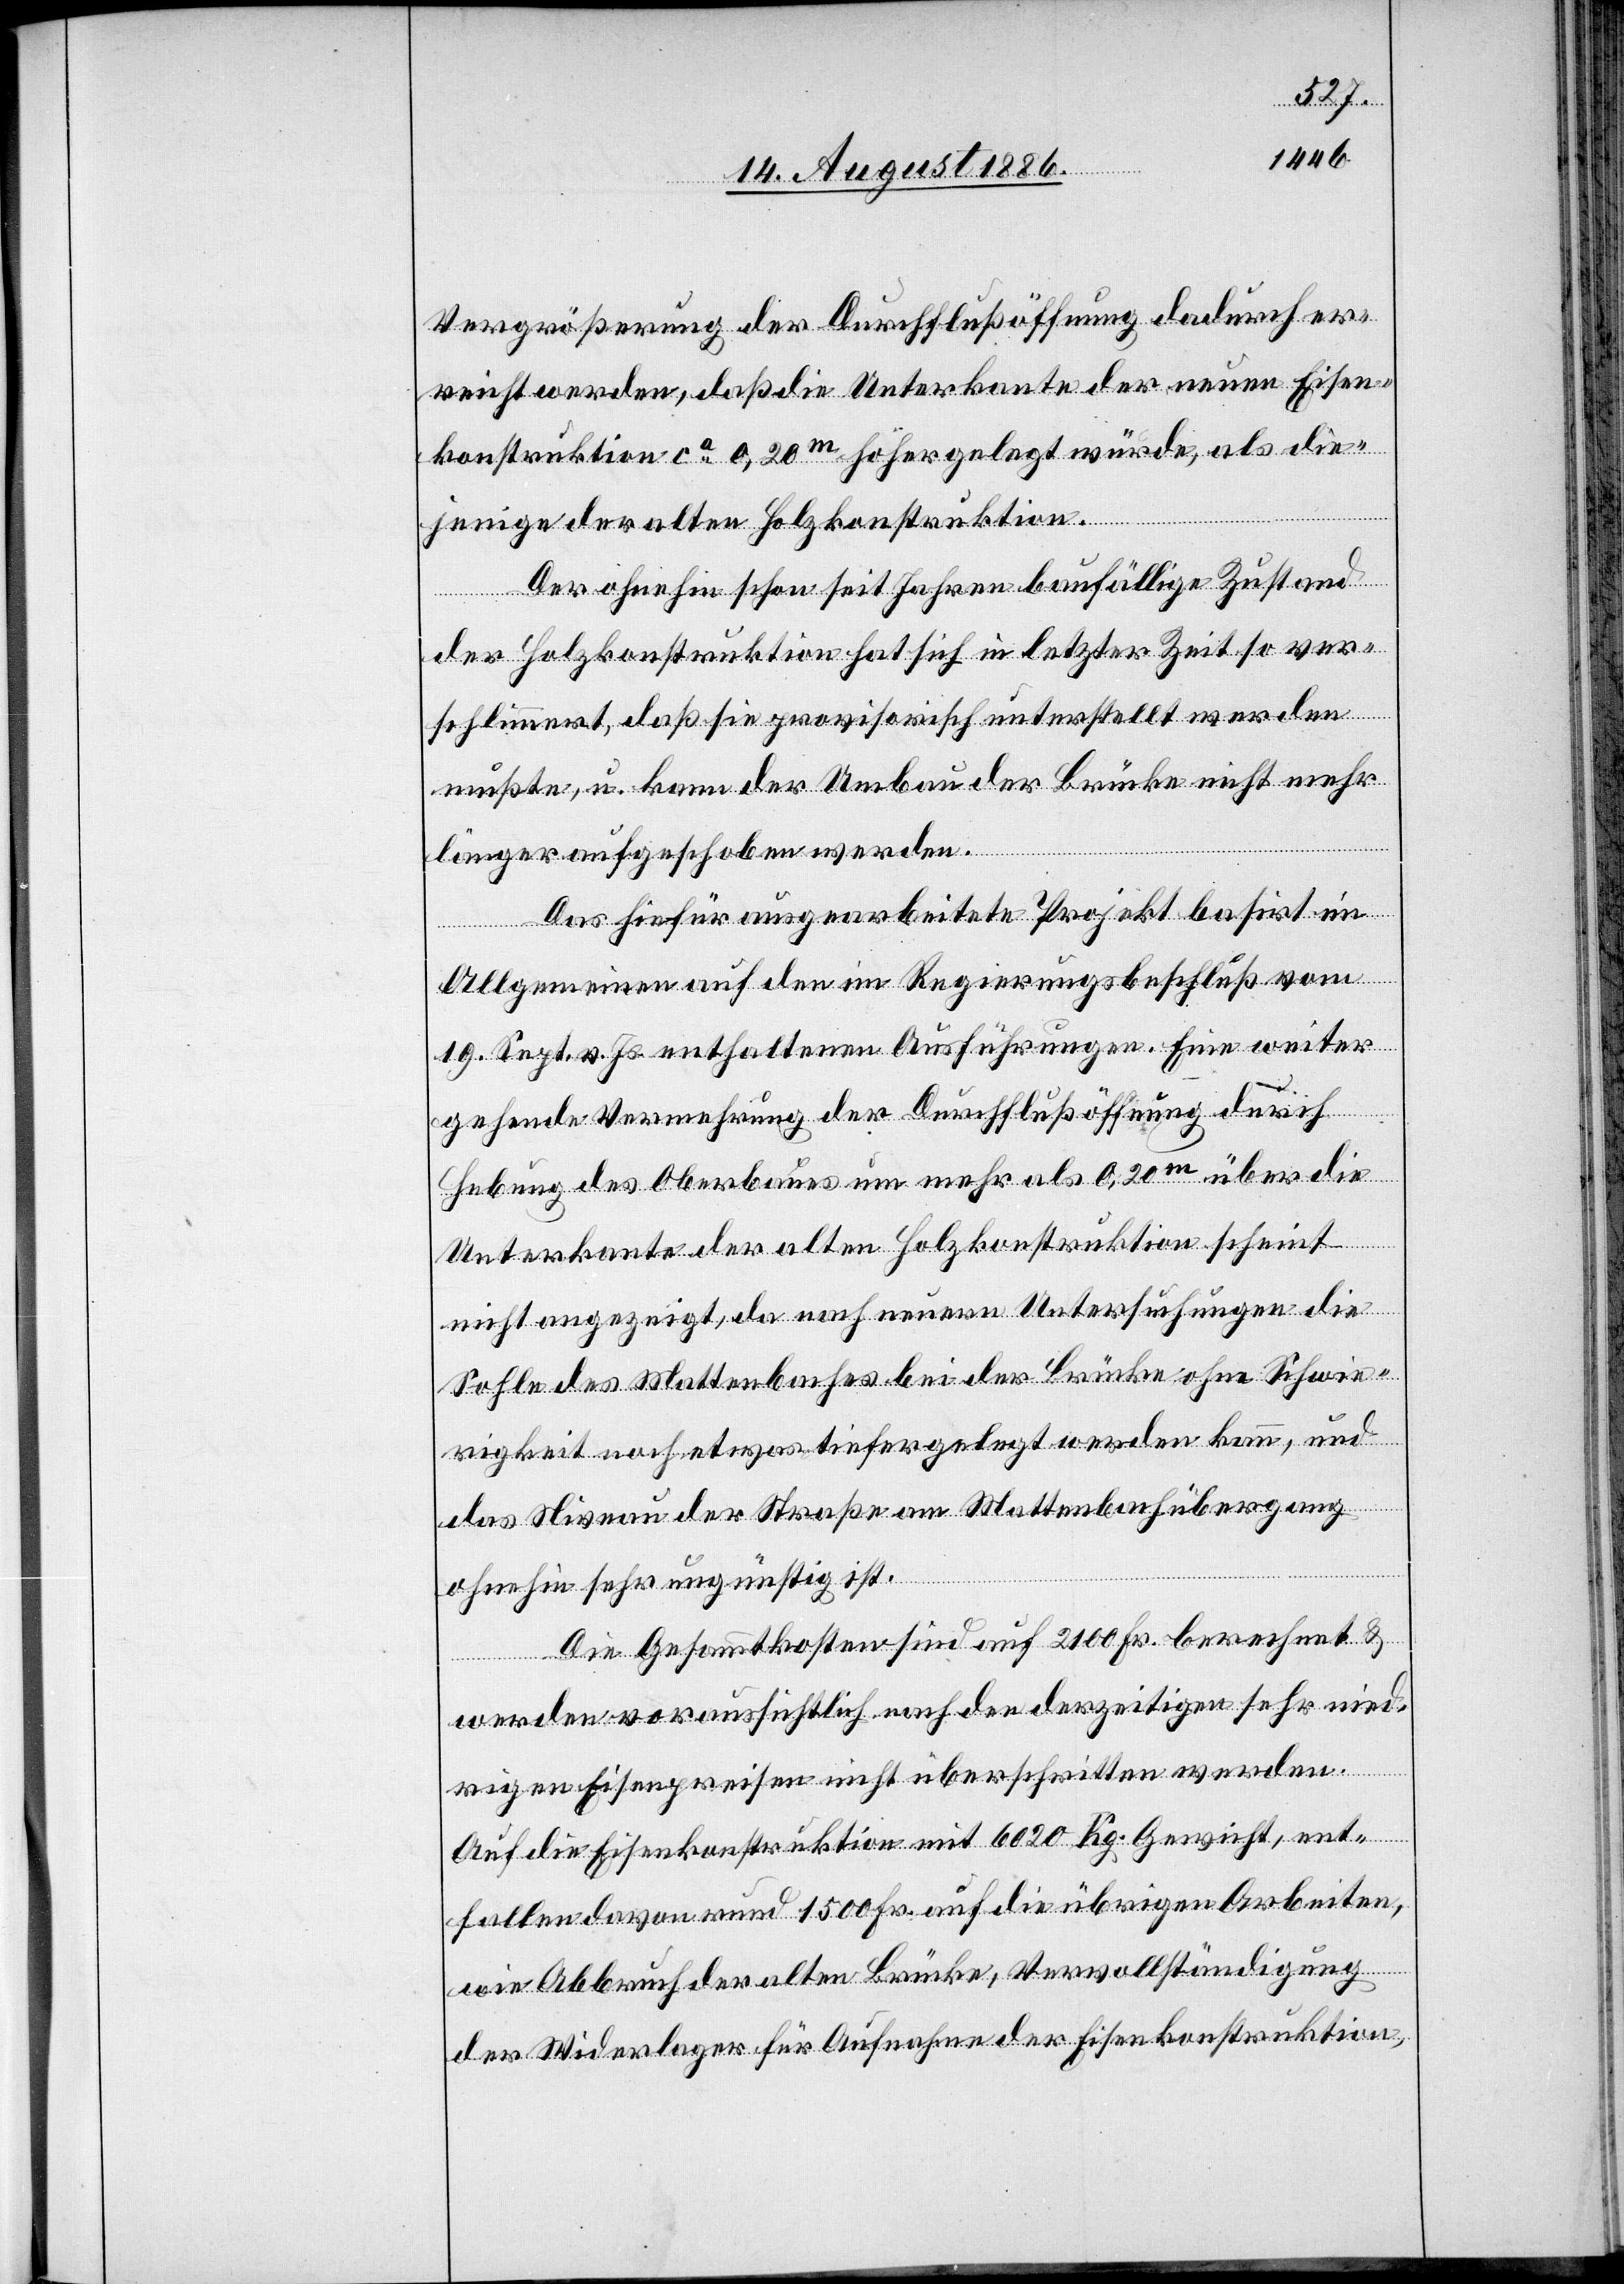
Vergrößerung der Durchflußöffnung dadurch er¬
reicht werden, daß die Unterbaute der neuen Eisen¬
konstruktion ca 0,20m höher gelegt würde, als die¬
jenige der alten Holzkonstruktion.
Der ohnehin schon seit Jahren baufällige Zustand
der Holzkonstruktion hat sich in letzter Zeit so ver¬
schlimmert, daß sie provisorisch unterstellt werden
mußte, u. kann der Umbau der Brücke nicht mehr
länger aufgeschoben werden.
Das hiefür ausgearbeitete Projekt basirt im
Allgemeinen auf den im Regierungsbeschluß vom
19. Sept. v. Js. enthaltenen Ausführungen. Eine weiter
gehende Vermehrung der Durchflußöffnung durch
Hebung des Oberbaues um mehr als 0,20m über die
Unterkante der alten Holzkonstruktion scheint
nicht angezeigt, da nach neuen Untersuchungen die
Sohle des Mattenbaches bei der Brücke ohne Schwie¬
rigkeit noch etwas tiefer gelegt werden kann, und
das Niveau der Straße am Mattenbachübergang
ohnehin sehr ungünstig ist.
Die Gesammtkosten sind auf 2100 Fr. berechnet, &
werden voraussichtlich nach den derzeitigen sehr nied¬
rigen Eisenpreisen nicht überschritten werden.
Auf die Eisenkonstruktion mit 6020 Kg. Gewicht, ent¬
fallen davon rund 1500 Fr., auf die übrigen Arbeiten,
wie Abbruch der alten Brücke, Vervollständigung
der Widerlager für Aufnahme der Eisenkonstruktion,